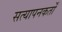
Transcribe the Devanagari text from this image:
सत्यापनकर्तों